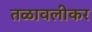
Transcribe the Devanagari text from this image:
तळावलीकर